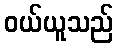
ဝယ်ယူသည်